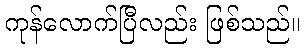
ကုန်လောက်ပြီလည်း ဖြစ်သည်။